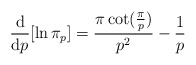
\begin{align*} \frac{\mathrm{d}}{\mathrm{d}p}[\ln \pi_p]= \frac{\pi\cot(\frac{\pi}{p})}{p^2}-\frac{1}{p}\end{align*}